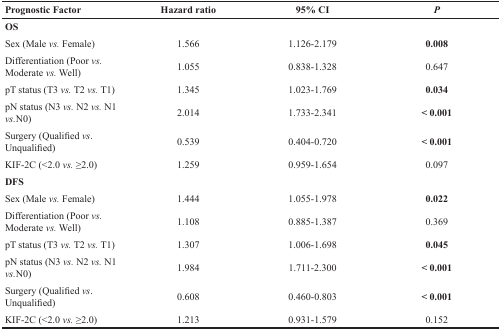
<table><thead><tr><td><b>Prognostic Factor</b></td><td><b>Hazard ratio</b></td><td><b>95% CI</b></td><td><b><i>P</i></b></td></tr></thead><tbody><tr><td><b>OS</b></td><td></td><td></td><td></td></tr><tr><td>Sex (Male <i>vs.</i> Female)</td><td>1.566</td><td>1.126-2.179</td><td><b>0.008</b></td></tr><tr><td>Differentiation (Poor <i>vs.</i> Moderate <i>vs.</i> Well)</td><td>1.055</td><td>0.838-1.328</td><td>0.647</td></tr><tr><td>pT status (T3 <i>vs.</i> T2 <i>vs.</i> T1)</td><td>1.345</td><td>1.023-1.769</td><td><b>0.034</b></td></tr><tr><td>pN status (N3 <i>vs.</i> N2 <i>vs.</i> N1 <i>vs.</i>N0)</td><td>2.014</td><td>1.733-2.341</td><td><b>&lt; 0.001</b></td></tr><tr><td>Surgery (Qualified <i>vs</i>. Unqualified)</td><td>0.539</td><td>0.404-0.720</td><td><b>&lt; 0.001</b></td></tr><tr><td>KIF-2C (&lt;2.0 <i>vs.</i> ≥2.0)</td><td>1.259</td><td>0.959-1.654</td><td>0.097</td></tr><tr><td><b>DFS</b></td><td></td><td></td><td></td></tr><tr><td>Sex (Male <i>vs.</i> Female)</td><td>1.444</td><td>1.055-1.978</td><td><b>0.022</b></td></tr><tr><td>Differentiation (Poor <i>vs.</i> Moderate <i>vs.</i> Well)</td><td>1.108</td><td>0.885-1.387</td><td>0.369</td></tr><tr><td>pT status (T3 <i>vs.</i> T2 <i>vs.</i> T1)</td><td>1.307</td><td>1.006-1.698</td><td><b>0.045</b></td></tr><tr><td>pN status (N3 <i>vs.</i> N2 <i>vs.</i> N1 <i>vs.</i>N0)</td><td>1.984</td><td>1.711-2.300</td><td><b>&lt; 0.001</b></td></tr><tr><td>Surgery (Qualified <i>vs</i>. Unqualified)</td><td>0.608</td><td>0.460-0.803</td><td><b>&lt; 0.001</b></td></tr><tr><td>KIF-2C (&lt;2.0 <i>vs.</i> ≥2.0)</td><td>1.213</td><td>0.931-1.579</td><td>0.152</td></tr></tbody></table>